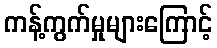
ကန့်ကွက်မှုများကြောင့်